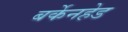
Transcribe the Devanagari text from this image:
बर्केनहेड